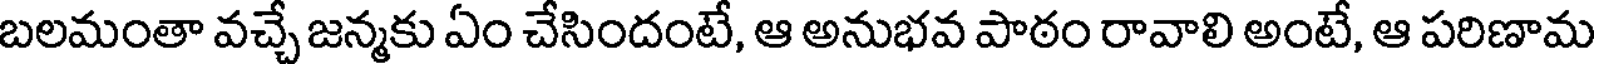
బలమంతా వచ్చే జన్మకు ఏం చేసిందంటే, ఆ అనుభవ పాఠం రావాలి అంటే, ఆ పరిణామ